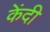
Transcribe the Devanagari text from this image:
केंदी